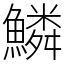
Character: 鱗